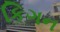
કિગન